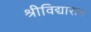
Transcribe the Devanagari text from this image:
श्रीविद्यारत्न